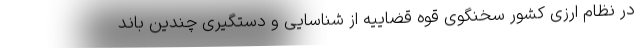
در نظام ارزی کشور سخنگوی قوه قضاییه از شناسایی و دستگیری چندین باند